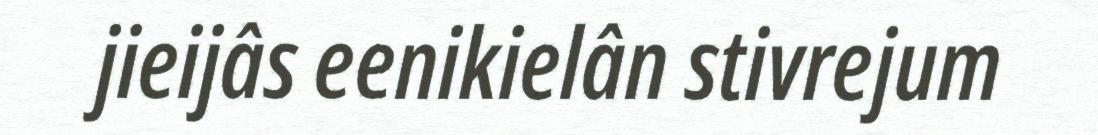
jieijâs eenikielân stivrejum